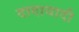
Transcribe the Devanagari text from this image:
दादावादी